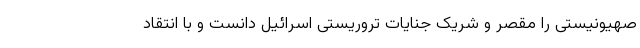
صهیونیستی را مقصر و شریک جنایات تروریستی اسرائیل دانست و با انتقاد